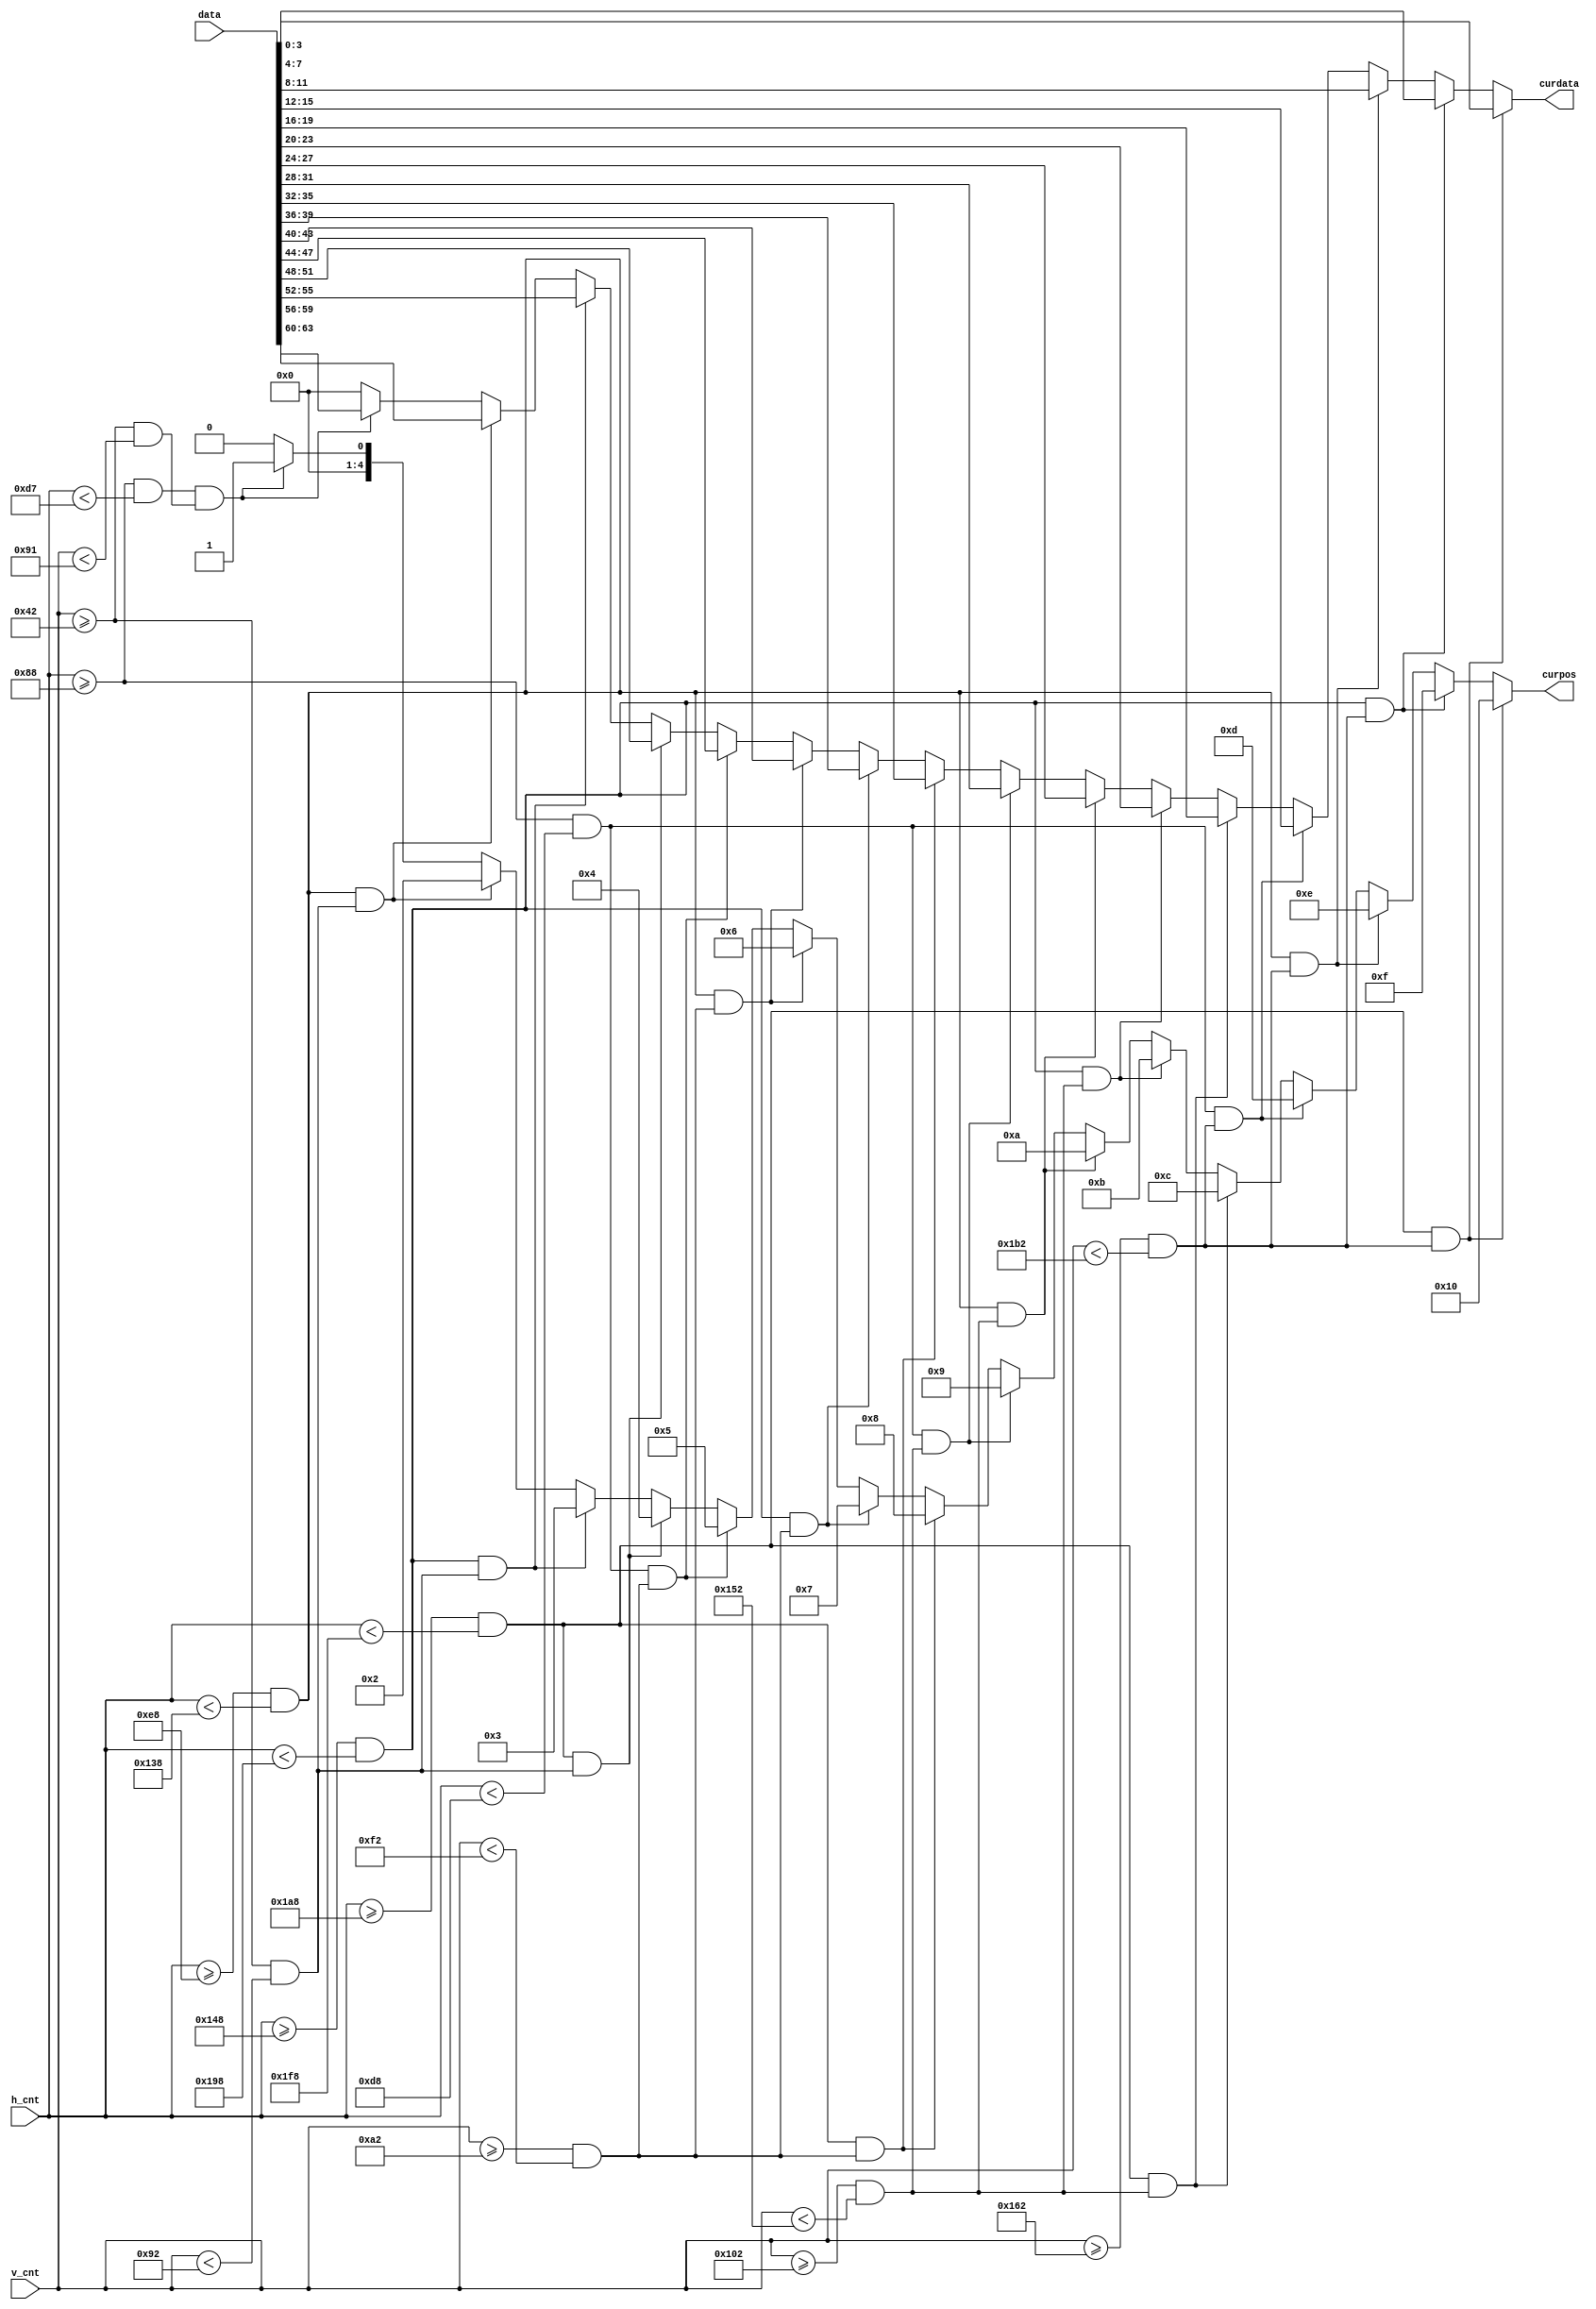
module poscheck(
    input [10:0] h_cnt,
    input [10:0] v_cnt,
    input [63:0] data,
    output reg [4:0] curpos,
    output reg [3:0] curdata
);
    always @* begin
        curdata = 4'b0000;
        curpos = 5'b00000;
        if((h_cnt >= 136 && h_cnt < 215)&&(v_cnt >= 66 && v_cnt < 145)) begin
            curdata[3:0] = data[63:60];
            curpos = 5'b00001;
        end
        if((h_cnt >= 232 && h_cnt < 312)&&(v_cnt >= 66 && v_cnt < 146)) begin
            curdata[3:0] = data[59:56];
            curpos = 5'b00010;
        end
        if((h_cnt >= 328 && h_cnt < 408)&&(v_cnt >= 66 && v_cnt < 146)) begin
            curdata[3:0] = data[55:52];
            curpos = 5'b00011;
        end
        if((h_cnt >= 424 && h_cnt < 504)&&(v_cnt >= 66 && v_cnt < 146)) begin
            curdata[3:0] = data[51:48];
            curpos = 5'b00100;
        end

        if((h_cnt >= 136 && h_cnt < 216)&&(v_cnt >= 162 && v_cnt < 242)) begin
            curdata[3:0] = data[47:44];
            curpos = 5'b00101;
        end
        if((h_cnt >= 232 && h_cnt < 312)&&(v_cnt >= 162 && v_cnt < 242)) begin
            curdata[3:0] = data[43:40];
            curpos = 5'b00110;
        end
        if((h_cnt >= 328 && h_cnt < 408)&&(v_cnt >= 162 && v_cnt < 242)) begin
            curdata[3:0] = data[39:36];
            curpos = 5'b00111;
        end
        if((h_cnt >= 424 && h_cnt < 504)&&(v_cnt >= 162 && v_cnt < 242)) begin
            curdata[3:0] = data[35:32];
            curpos = 5'b01000;
        end

        if((h_cnt >= 136 && h_cnt < 216)&&(v_cnt >= 258 && v_cnt < 338)) begin
            curdata[3:0] = data[31:28];
            curpos = 5'b01001;
        end
        if((h_cnt >= 232 && h_cnt < 312)&&(v_cnt >= 258 && v_cnt < 338)) begin
            curdata[3:0] = data[27:24];
            curpos = 5'b01010;
        end
        if((h_cnt >= 328 && h_cnt < 408)&&(v_cnt >= 258 && v_cnt < 338)) begin
            curdata[3:0] = data[23:20];
            curpos = 5'b01011;
        end
        if((h_cnt >= 424 && h_cnt < 504)&&(v_cnt >= 258 && v_cnt < 338)) begin
            curdata[3:0] = data[19:16];
            curpos = 5'b01100;
        end

        if((h_cnt >= 136 && h_cnt < 216)&&(v_cnt >= 354 && v_cnt < 434)) begin
            curdata[3:0] = data[15:12];
            curpos = 5'b01101;
        end
        if((h_cnt >= 232 && h_cnt < 312)&&(v_cnt >= 354 && v_cnt < 434)) begin
            curdata[3:0] = data[11:8];
            curpos = 5'b01110;
        end
        if((h_cnt >= 328 && h_cnt < 408)&&(v_cnt >= 354 && v_cnt < 434)) begin
            curdata[3:0] = data[7:4];
            curpos = 5'b01111;
        end
        if((h_cnt >= 424 && h_cnt < 504)&&(v_cnt >= 354 && v_cnt < 434)) begin
            curdata[3:0] = data[3:0];
            curpos = 5'b10000;
        end
        

    end
endmodule